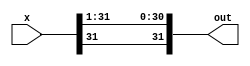
module right_shifter_1(x, out);
    input [31:0] x;
    output [31:0] out;

    assign out[30:0] = x[31:1];
    assign out[31] = x[31];

endmodule